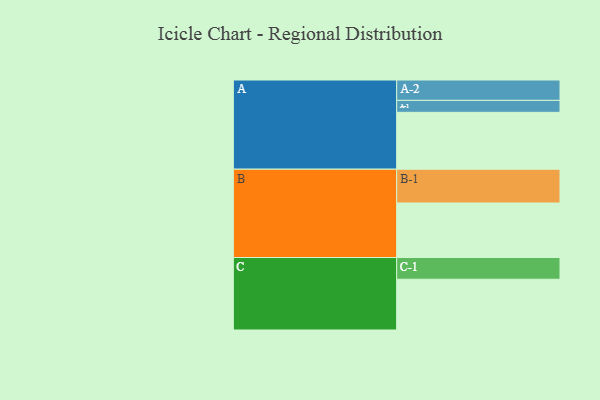
{"axis": {"x": "Segment", "y": "Value"}, "legend": ["", "A", "B", "C"], "data": [{"x": "A", "y": 500, "type": ""}, {"x": "B", "y": 479, "type": ""}, {"x": "C", "y": 446, "type": ""}, {"x": "A-1", "y": 105, "type": "A"}, {"x": "A-2", "y": 179, "type": "A"}, {"x": "B-1", "y": 297, "type": "B"}, {"x": "C-1", "y": 191, "type": "C"}]}